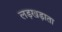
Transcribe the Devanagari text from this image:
लड़खड़ाता